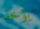
يؤخذ